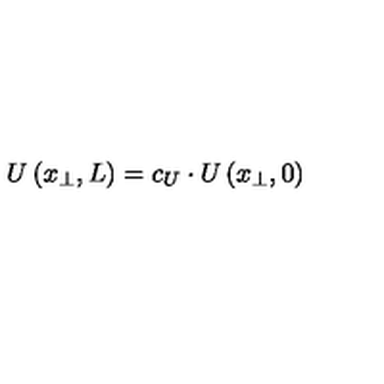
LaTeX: U \left( x _ { \perp } , L \right) = c _ { U } \cdot U \left( x _ { \perp } , 0 \right)